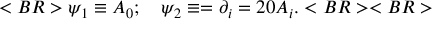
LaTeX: < B R > \psi _ { 1 } \equiv A _ { 0 } ; ~ ~ ~ \psi _ { 2 } \equiv = \partial _ { i } = 2 0 A _ { i } . < B R > < B R >